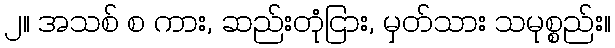
၂။ အသစ် စ ကား, ဆည်းတုံငြား, မှတ်သား သမုစ္စည်း။